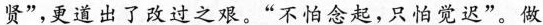
贤”，更道出了改过之艰。“不怕念起，只怡觉迟”。做